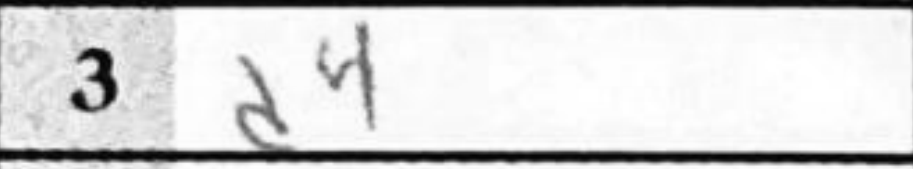
Transcription: d4